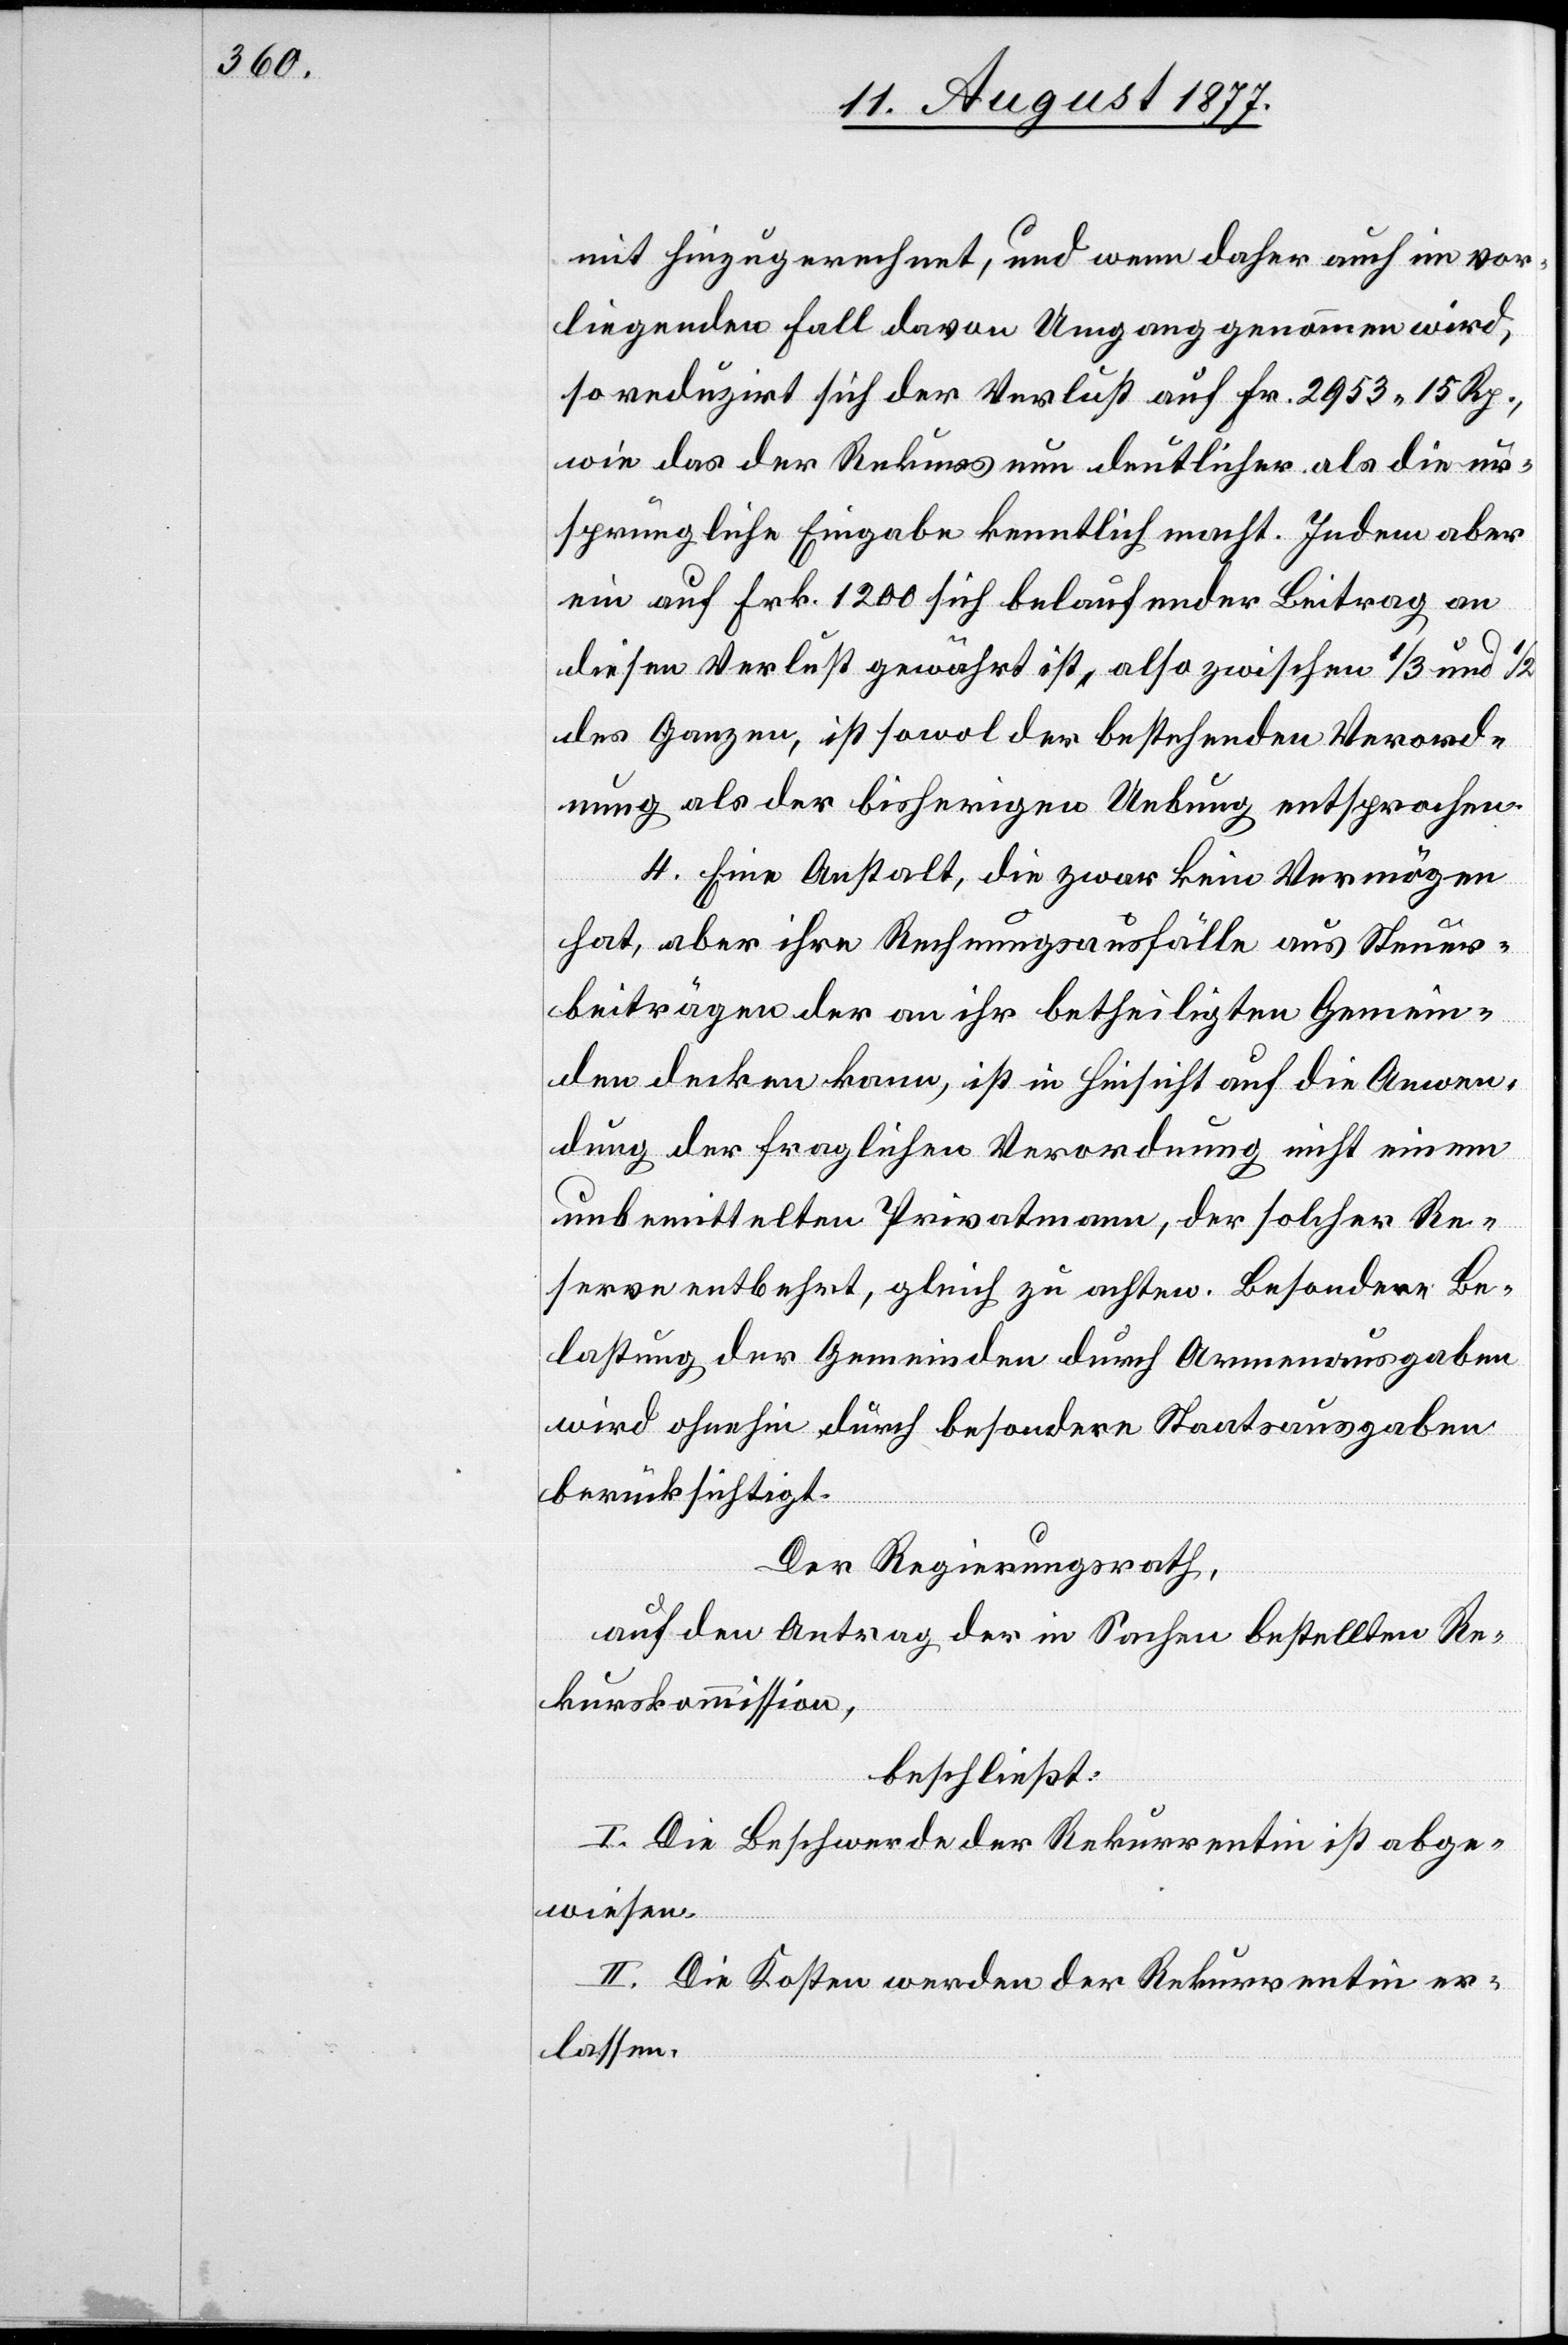
mit hinzugerechnet, und wenn daher auch im vor¬
liegenden Fall davon Umgang genommen wird,
so reduzirt sich der Verlust auf Fr. 2953 15 Rp.,
wie das der Rekurs nun deutlicher als die ur¬
sprüngliche Eingabe kenntlich macht. Indem aber
ein auf Frk. 1200 sich belaufender Beitrag an
diesen Verlust gewährt ist, also zwischen 1/3 und 1/2
des Ganzen, ist sowol der bestehenden Verord¬
nung als der bisherigen Uebung entsprochen.
4. Eine Anstalt, die zwar kein Vermögen
hat, aber ihre Rechnungsausfälle aus Steuer¬
beiträgen der an ihr betheiligten Gemein¬
den decken kann, ist in Hinsicht auf die Anwen¬
dung der fraglichen Verordnung nicht einem
unbemittelten Privatmann, der solcher Re¬
serve entbehrt, gleich zu achten. Besondere Be¬
lastung der Gemeinden durch Armenausgaben
wird ohnehin durch besondere Staatsausgaben
berücksichtigt.
Der Regierungsrath,
auf den Antrag der in Sachen bestellten Re¬
kurskommission,
beschließt:
I. Die Beschwerde der Rekurrentin ist abge¬
wiesen.
II. Die Kosten werden der Rekurrentin er¬
lassen.